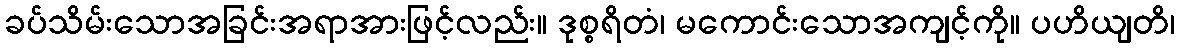
ခပ်သိမ်းသောအခြင်းအရာအားဖြင့်လည်း။ ဒုစ္စရိတံ၊ မကောင်းသောအကျင့်ကို။ ပဟိယျတိ၊